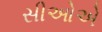
સીઓએ